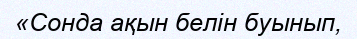
«Сонда ақын белін буынып,